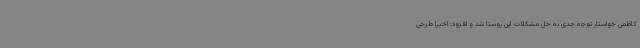
کاظمی خواستار توجه جدی به حل مشکلات این روستا شد و افزود: اخیرا طرحی